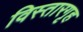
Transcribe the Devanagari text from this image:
विस्तारगृह